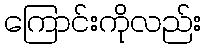
ကြောင်းကိုလည်း